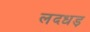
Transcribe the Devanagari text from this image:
लदधड़